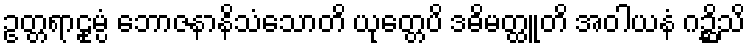
ဥတ္တရာဠုမ္ပံ ဘောဇနာနိသံသောတိ ယုတ္တေပိ ဒဓိမတ္ထူတိ အဝါယနံ ဂဉ္ဆိသိ